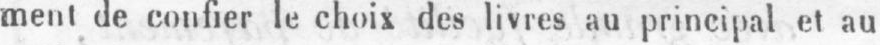
ment de confier le choix des livres au principal et au